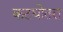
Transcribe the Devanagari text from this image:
कटघोतरा